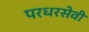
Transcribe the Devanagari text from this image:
परधरसेवी